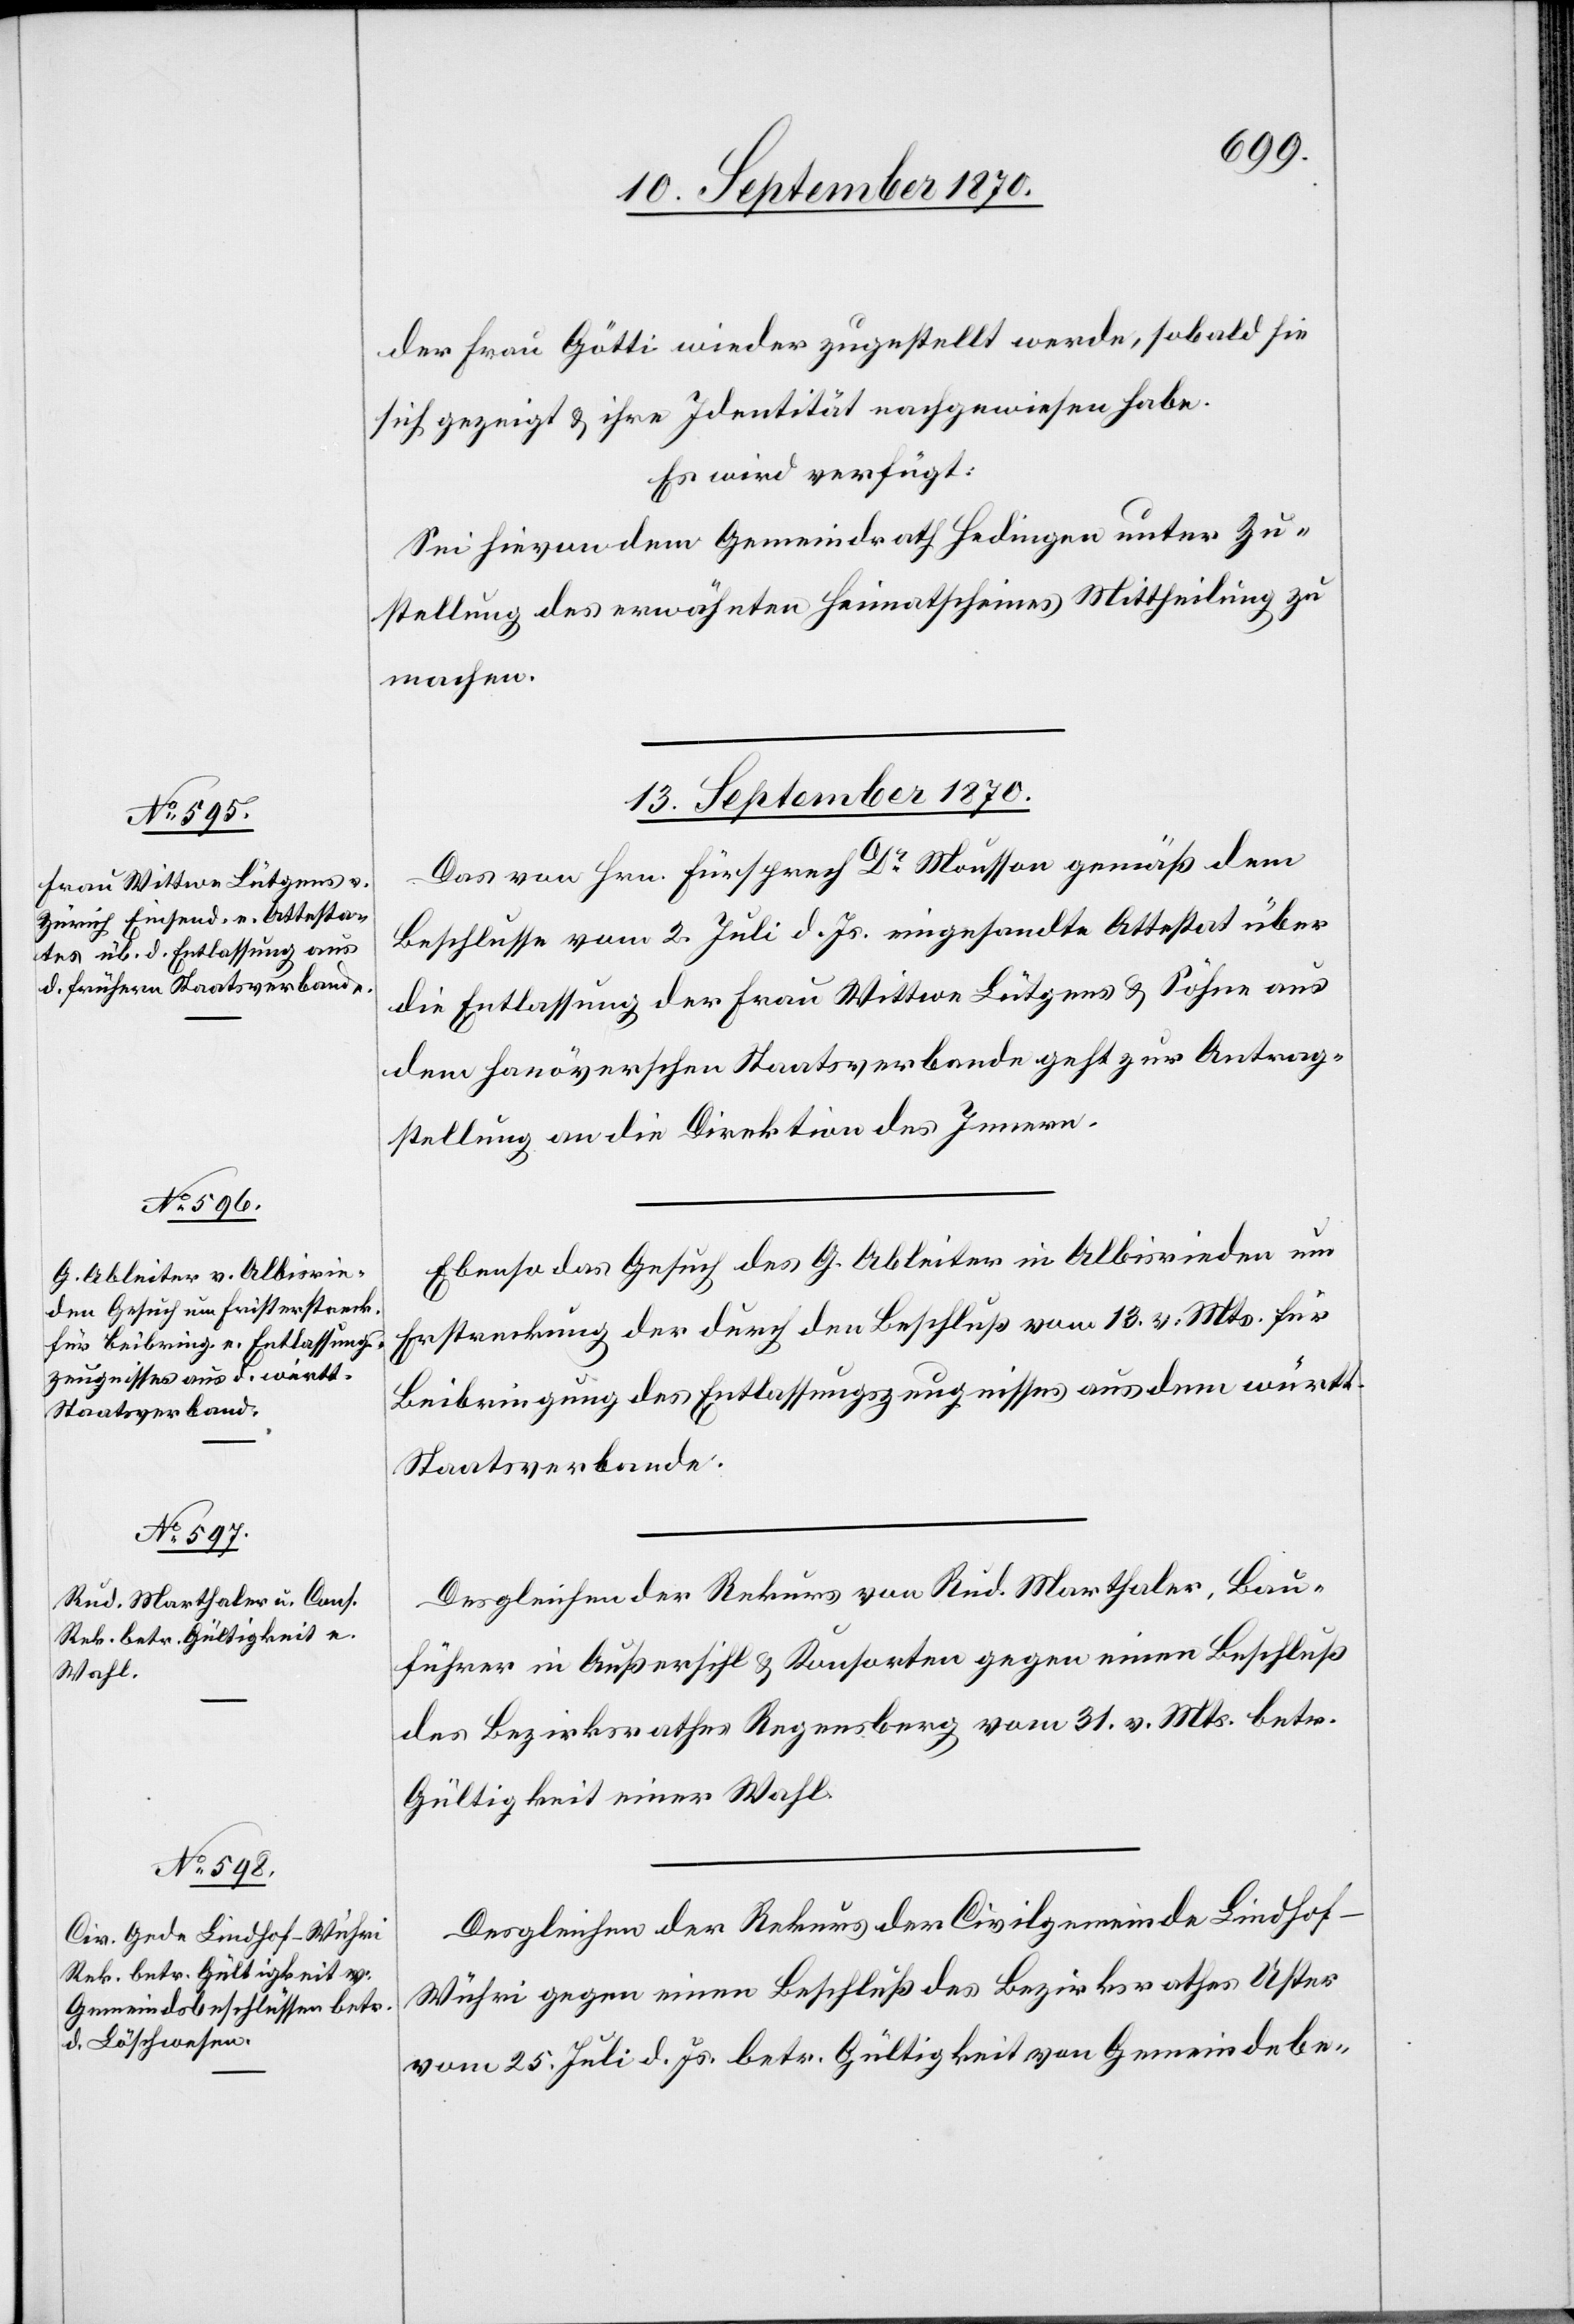
13. September 1870.]
der Frau Götti wieder zugestellt werde, sobald sie
sich gezeigt & ihre Identität nachgewiesen habe.
Es wird verfügt:
Sei hievon dem Gemeindrath Hedingen unter Zu¬
stellung des erwähnten Heimatscheines Mittheilung zu
machen.
13. September 1870.
Das von Hrn. Fürsprech Dr Mousson gemäß dem
Beschlusse vom 2. Juli d. Js. eingesandte Attestat über
die Entlassung der Frau Wittwe Lütgens & Söhne aus
dem hanöverschen Staatsverbande geht zur Antrag¬
stellung an die Direktion des Innern.
Ebenso das Gesuch des G. Ableiter in Albisrieden um
Erstreckung der durch den Beschluß vom 13. v. Mts. für
Beibringung des Entlassungszeugnisses aus dem württ.
Staatsverbande.
Desgleichen der Rekurs von Rud. Marthaler, Bau¬
führer in Außersihl & Konsorten gegen einen Beschluß
des Bezirksrathes Regensberg vom 31. v. Mts. betr.
Gültigkeit einer Wahl.
Desgleichen der Rekurs der Civilgemeinde Lindhof-W¬
ühri gegen einen Beschluß des Bezirksrathes Uster
vom 25. Juli d. Js. betr. Gültigkeit von Gemeindebe-